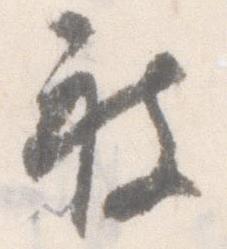
被